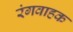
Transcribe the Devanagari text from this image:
रंगवाहक